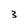
Character: 3